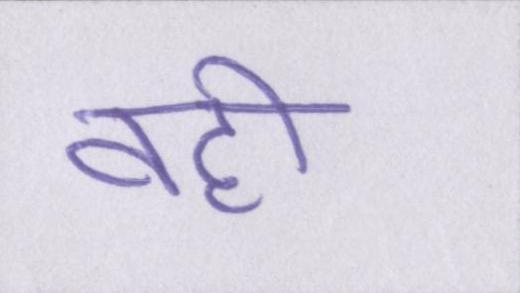
वहीँ